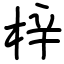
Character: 梓